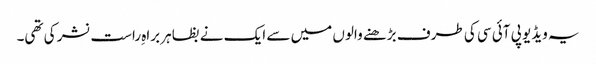
یہ ویڈیو پی آئی سی کی طرف بڑھنے والوں میں سے ایک نے بظاہر براہِ راست نشر کی تھی۔